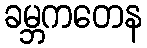
ခမ္ဘကတေန